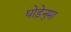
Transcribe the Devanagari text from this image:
घोड़ेनुमा